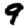
Digit: 9